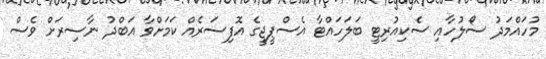
މުހައްމަދު ސޯލުހާއި ސެކިއުރިޓީ ބަލަހައްޓާ އެސްޕީޖީގެ އޮފިސަރެއް ކަމަށްވާ އަބްދު ނާސިރަށް ވެސް